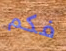
فكم